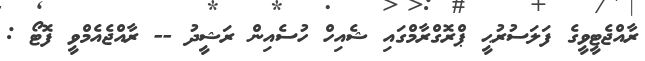
ރާއްޖެޓީވީގެ ފަލަސުރުޙީ ޕްރޮގްރާމްގައި ޝެއިހް ހުސެއިން ރަޝީދު -- ރާއްޖެއެމްވީ ފޮޓޯ :